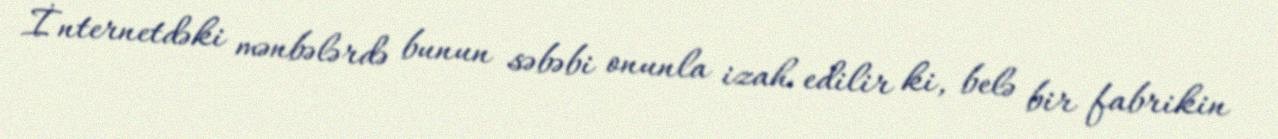
İnternetdəki mənbələrdə bunun səbəbi onunla izah edilir ki, belə bir fabrikin